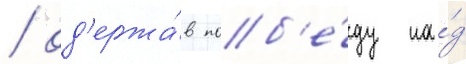
/ од'ержа́в поб'е́ду на́д